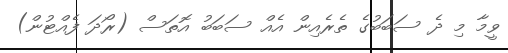
ވީމާ މި ދެ ސަބަބުގެ ތެރެއިން އެއް ސަބަބު އޮތަސް (ރޯދަ ފެއްޓުން)